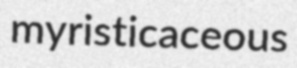
myristicaceous